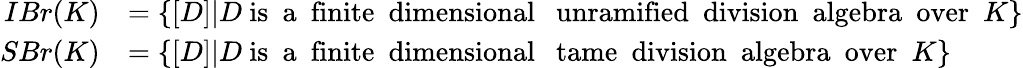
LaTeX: \begin{array}{rl}{IBr(K)}&{=\{ [D]|D\mathrm{~is~~a~~finite~~dimensional~~~unramified~~division~~algebra~~over~~}K\} }\\ {SBr(K)}&{=\{ [D]|D\mathrm{~is~~a~~finite~~dimensional~~~tame~~division~~algebra~~over~~}K\} }\end{array}